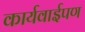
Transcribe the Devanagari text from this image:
कार्यवाईपण